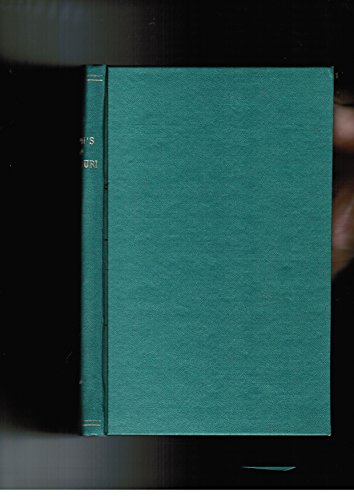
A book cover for There's a Town in Missouri: Hermann, Hannibal, Springfield, St. Joseph, Joplin, Cape Girardeau, Fulton, Sedalia, Lamar, Lexington, Independence, St. Louis, 1902; Dickson Terry; Travel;